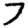
Digit: 7